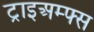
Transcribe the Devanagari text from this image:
ट्राइअम्फ्स